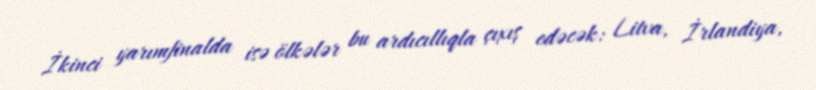
İkinci yarımfinalda isə ölkələr bu ardıcıllıqla çıxış edəcək: Litva, İrlandiya,